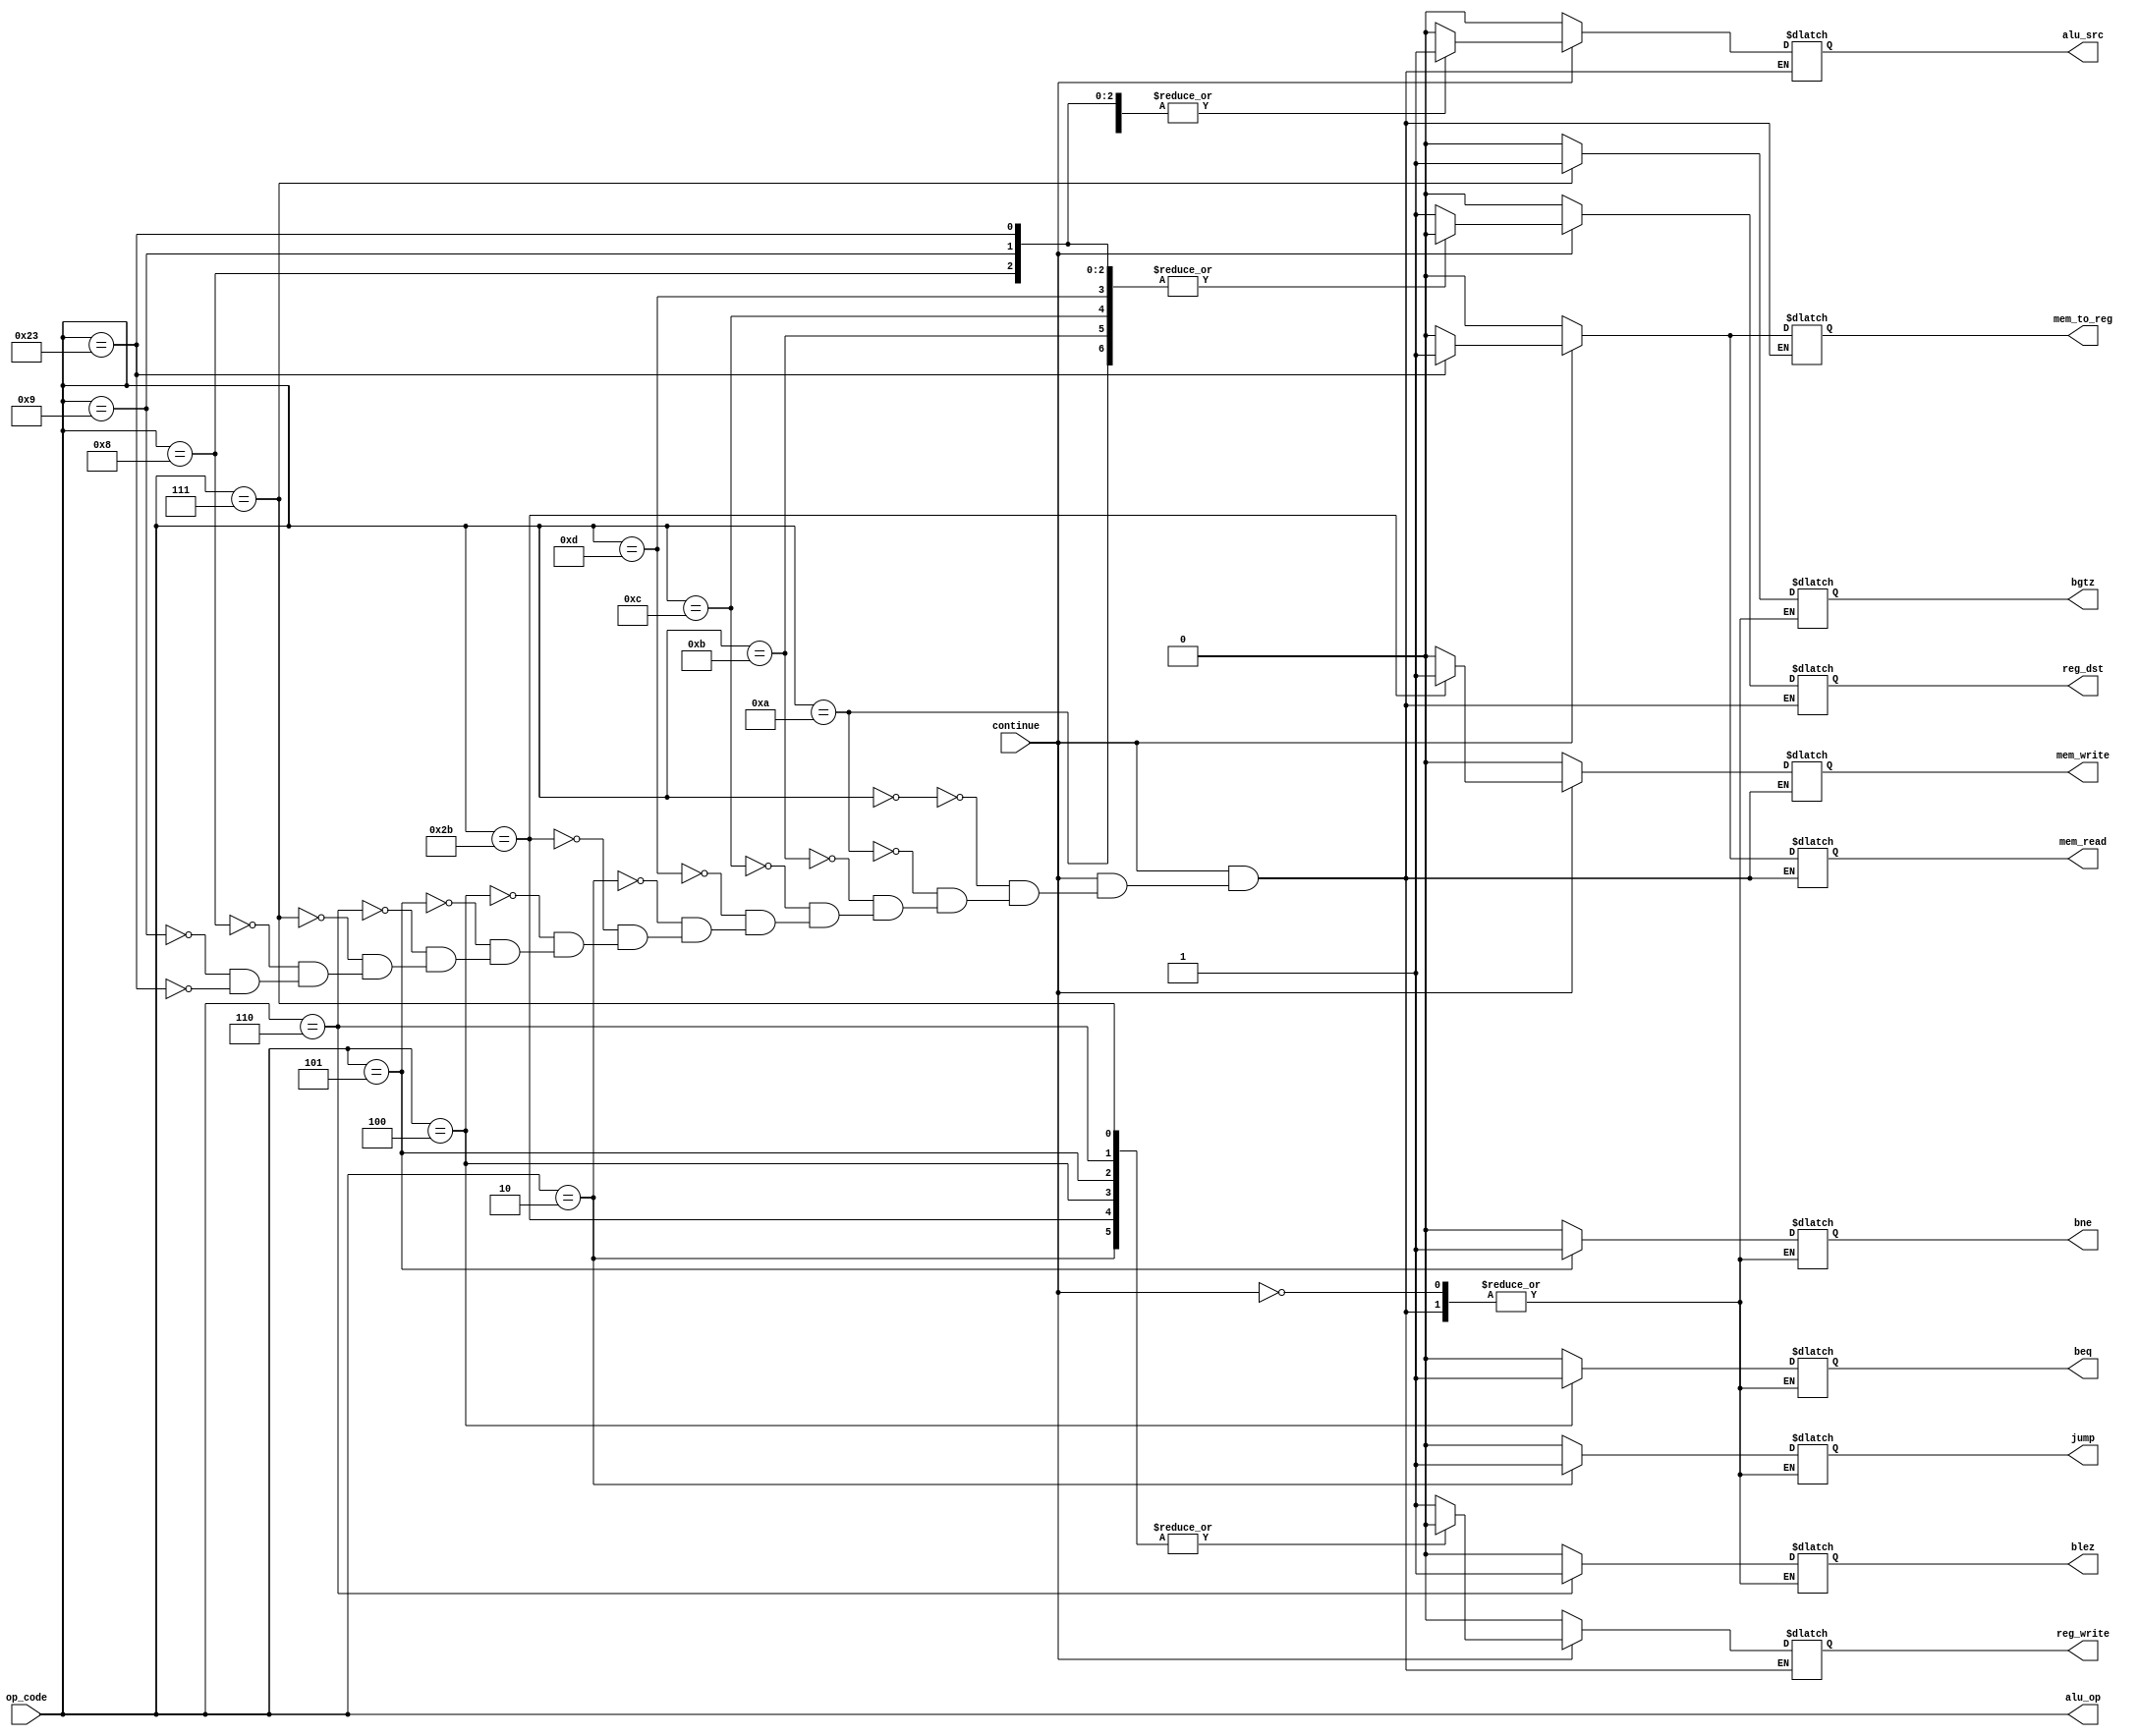
`timescale 1ns / 1ps
//////////////////////////////////////////////////////////////////////////////////
// Company: 
// Engineer: 
// 
// Design Name: 
// Module Name: Control_Unit
// Project Name: 
// Target Devices: 
// Tool Versions: 
// Description: 
// 
// Dependencies: 
// 
// Revision:
// Revision 0.01 - File Created
// Additional Comments:
// 
//////////////////////////////////////////////////////////////////////////////////


module Control_Unit(continue,op_code,reg_dst,jump,beq,bne,blez,bgtz,mem_read,mem_to_reg,alu_op,mem_write,alu_src, reg_write);
input continue;    
input [5:0] op_code;//used to set control signals in processor
output reg[5:0] alu_op; //just pass opcode
//output reg [4:0] shamt; //shift amount is 5 bit from inst[10:6]
output reg reg_dst //destination register changing from R type to I type (rd to rt)
        ,jump  
        ,beq   //branch if z flag and beq
        ,bne   //branch if ~z flag and bne
        ,blez  //branch if less than or equal to zero and blez
        ,bgtz  //branch if greater than zero and bgtz
        ,mem_read //send data from datamem address to output
        ,mem_to_reg //data write in regfile will come from datamem instead of alu
        ,mem_write //write data from alu to datamem
        ,alu_src   //alu will use immediate operrant for I type if asserted
        ,reg_write;//reg file will be written with alu or datamem output


always@(*) begin
    alu_op = op_code;
    
    if(continue == 1'b0)begin 
                reg_dst = 1'b0; 
                mem_read = 1'b0;
                mem_to_reg = 1'b0;
                mem_write = 1'b0;
                alu_src  = 1'b0;
                reg_write= 1'b0;
            end
    else begin
    
        case(op_code)
            6'h00 : //R-type
                begin 
                    reg_dst = 1'b1; //destination register will be rd inst[15:11]
                    jump = 1'b0; //not jump
                    beq  = 1'b0; //no branch
                    bne  = 1'b0; //no branch
                    blez = 1'b0; //no branch
                    bgtz = 1'b0; //no branch
                    mem_read = 1'b0;//alu output will not be used to read datamem 
                    mem_to_reg = 1'b0;//alu data goes to regfile write data
                    mem_write = 1'b0;//data mem will not be written
                    alu_src  = 1'b0;//alu will use rt as second input
                    reg_write= 1'b1;//regfile will be written
                end
            6'h0A: //alu_cntl = 6'h17;// I //SLTI SET LESS THAN IMMEDIATE
                begin 
                    reg_dst = 1'b0; //destination register will be rt inst[20:16]
                    jump = 1'b0; //not jump
                    beq  = 1'b0; //no branch
                    bne  = 1'b0; //no branch
                    blez = 1'b0; //no branch
                    bgtz = 1'b0; //no branch
                    mem_read = 1'b0;//alu output will not be used to read datamem 
                    mem_to_reg = 1'b0;//alu data goes to regfile write data
                    mem_write = 1'b0;//data mem will not be written
                    alu_src  = 1'b1;//alu will use sign extended immediate as second input
                    reg_write= 1'b1;//regfile will be written
                end
            6'h0B: //alu_cntl = 6'h18;// I //SLTIU SET LESS THAN UNSIGNED IMMEDIATE
                begin 
                    reg_dst = 1'b0; //destination register will be rt inst[20:16]
                    jump = 1'b0; //not jump
                    beq  = 1'b0; //no branch
                    bne  = 1'b0; //no branch
                    blez = 1'b0; //no branch
                    bgtz = 1'b0; //no branch
                    mem_read = 1'b0;//alu output will not be used to read datamem 
                    mem_to_reg = 1'b0;//alu data goes to regfile write data
                    mem_write = 1'b0;//data mem will not be written
                    alu_src  = 1'b1;//alu will use sign extended immediate as second input
                    reg_write= 1'b1;//regfile will be written
                end
            6'h0C: //alu_cntl = 6'h19;// I //ANDI BITWISE AND IMMEDIATE
                begin 
                    reg_dst = 1'b0; //destination register will be rt inst[20:16]
                    jump = 1'b0; //not jump
                    beq  = 1'b0; //no branch
                    bne  = 1'b0; //no branch
                    blez = 1'b0; //no branch
                    bgtz = 1'b0; //no branch
                    mem_read = 1'b0;//alu output will not be used to read datamem 
                    mem_to_reg = 1'b0;//alu data goes to regfile write data
                    mem_write = 1'b0;//data mem will not be written
                    alu_src  = 1'b1;//alu will use sign extended immediate as second input
                    reg_write= 1'b1;//regfile will be written
                end
            6'h0D: //alu_cntl = 6'h1A;// I //ORI BITWISE OR IMMEDIATE
                begin 
                    reg_dst = 1'b0; //destination register will be rt inst[20:16]
                    jump = 1'b0; //not jump
                    beq  = 1'b0; //no branch
                    bne  = 1'b0; //no branch
                    blez = 1'b0; //no branch
                    bgtz = 1'b0; //no branch
                    mem_read = 1'b0;//alu output will not be used to read datamem 
                    mem_to_reg = 1'b0;//alu data goes to regfile write data
                    mem_write = 1'b0;//data mem will not be written
                    alu_src  = 1'b1;//alu will use sign extended immediate as second input
                    reg_write= 1'b1;//regfile will be written
                end
            6'h02: //alu_cntl = 6'h1C;// J //J JUMP TO ADDRESS
                begin 
                    reg_dst = 1'bx; //destination irrelevent because reg_write = 1'b0;
                    jump = 1'b1; //jump
                    beq  = 1'b0; //no branch
                    bne  = 1'b0; //no branch
                    blez = 1'b0; //no branch
                    bgtz = 1'b0; //no branch
                    mem_read = 1'b0;//alu output will not be used to read datamem 
                    mem_to_reg = 1'bx;//irrelevent, not data written reg_write = 1'b0;
                    mem_write = 1'b0;//data mem will not be written with rt data
                    alu_src  = 1'bx;//irrelevent to jump 
                    reg_write= 1'b0;//regfile will not be written
                end
            6'h2B: //alu_cntl = 6'h1D;// I //SW STORE WORD
                begin 
                    reg_dst = 1'bx; //destination irrelevent because reg_write = 1'b0;
                    jump = 1'b0; //not jump
                    beq  = 1'b0; //no branch
                    bne  = 1'b0; //no branch
                    blez = 1'b0; //no branch
                    bgtz = 1'b0; //no branch
                    mem_read = 1'b0;//alu output will not be used to read datamem 
                    mem_to_reg = 1'bx;//irrelevent, not data written reg_write = 1'b0;
                    mem_write = 1'b1;//data mem will be written with rt data
                    alu_src  = 1'b1;//alu will use sign extended immediate as second input 
                    reg_write= 1'b0;//regfile will not be written
                end
            6'h04: //alu_cntl = 6'h1F;// I //BEQ BRANCH IF EQUAL
                begin 
                    reg_dst = 1'bx; //destination irrelevent because reg_write = 1'b0;
                    jump = 1'b0; //not jump
                    beq  = 1'b1; //branch if z flag
                    bne  = 1'b0; //no branch
                    blez = 1'b0; //no branch
                    bgtz = 1'b0; //no branch
                    mem_read = 1'b0;//alu output will not be used to read datamem 
                    mem_to_reg = 1'bx;//irrelevent, not data written reg_write = 1'b0;
                    mem_write = 1'b0;//data mem not will be written with rt data
                    alu_src  = 1'b0;//alu will use rt as second input 
                    reg_write= 1'b0;//regfile will not be written
                end
            6'h05: //alu_cntl = 6'h20;// I //BNE BRANCH IF NOT EQUAL
                begin 
                    reg_dst = 1'bx; //destination irrelevent because reg_write = 1'b0;
                    jump = 1'b0; //not jump
                    beq  = 1'b0; //no branch
                    bne  = 1'b1; //branch if ~z flag
                    blez = 1'b0; //no branch
                    bgtz = 1'b0; //no branch
                    mem_read = 1'b0;//alu output will not be used to read datamem 
                    mem_to_reg = 1'bx;//irrelevent, not data written reg_write = 1'b0;
                    mem_write = 1'b0;//data mem not will be written with rt data
                    alu_src  = 1'b0;//alu will use rt as second input
                    reg_write= 1'b0;//regfile will not be written
                end
            6'h06: //alu_cntl = 6'h21;// I //BLEZ BRANCH IF LESS THAN OR EQUAL TO ZERO
                begin 
                    reg_dst = 1'bx; //destination irrelevent because reg_write = 1'b0;
                    jump = 1'b0; //not jump
                    beq  = 1'b0; //no branch
                    bne  = 1'b0; //no branch
                    blez = 1'b1; //branch lsb output is set to 1
                    bgtz = 1'b0; //no branch
                    mem_read = 1'b0;//alu output will not be used to read datamem 
                    mem_to_reg = 1'bx;//irrelevent, not data written reg_write = 1'b0;
                    mem_write = 1'b0;//data mem not will be written with rt data
                    alu_src  = 1'b0;//alu will use rt as second input //irrelevent
                    reg_write= 1'b0;//regfile will not be written
                end
            6'h07:// alu_cntl = 6'h22;// I //BGTZ BRANCH IF GREATER THAN ZERO
                begin 
                    reg_dst = 1'bx; //destination irrelevent because reg_write = 1'b0;
                    jump = 1'b0; //not jump
                    beq  = 1'b0; //no branch
                    bne  = 1'b0; //no branch
                    blez = 1'b0; //no branch
                    bgtz = 1'b1; // branch if lsb of alu output is set to 1
                    mem_read = 1'b0;//alu output will not be used to read datamem 
                    mem_to_reg = 1'bx;//irrelevent, not data written reg_write = 1'b0;
                    mem_write = 1'b0;//data mem not will be written with rt data
                    alu_src  = 1'b0;//alu will use rt as second input //irrelevent
                    reg_write= 1'b0;//regfile will not be written
                end
            6'h08: //alu_cntl = 6'h23;// I //ADDI ADD IMMEDIATE
                begin 
                    reg_dst = 1'b0; //destination register will be rt inst[20:16]
                    jump = 1'b0; //not jump
                    beq  = 1'b0; //no branch
                    bne  = 1'b0; //no branch
                    blez = 1'b0; //no branch
                    bgtz = 1'b0; //no branch
                    mem_read = 1'b0;//alu output will not be used to read datamem 
                    mem_to_reg = 1'b0;//alu data goes to regfile write data
                    mem_write = 1'b0;//data mem will not be written
                    alu_src  = 1'b1;//alu will use sign extended immediate as second input
                    reg_write= 1'b1;//regfile will be written
                end
            6'h09: //alu_cntl = 6'h24;// I //ADDIU ADD UNSIGNED IMMEDIATE
                begin 
                    reg_dst = 1'b0; //destination register will be rt inst[20:16]
                    jump = 1'b0; //not jump
                    beq  = 1'b0; //no branch
                    bne  = 1'b0; //no branch
                    blez = 1'b0; //no branch
                    bgtz = 1'b0; //no branch
                    mem_read = 1'b0;//alu output will not be used to read datamem 
                    mem_to_reg = 1'b0;//alu data goes to regfile write data
                    mem_write = 1'b0;//data mem will not be written
                    alu_src  = 1'b1;//alu will use sign extended immediate as second input
                    reg_write= 1'b1;//regfile will be written
                end
            6'h23: //alu_cntl = 6'h27;// I //LW LOAD WORD
                begin 
                    reg_dst = 1'b0; //destination register will be rt inst[20:16]
                    jump = 1'b0; //not jump
                    beq  = 1'b0; //no branch
                    bne  = 1'b0; //no branch
                    blez = 1'b0; //no branch
                    bgtz = 1'b0; //no branch
                    mem_read = 1'b1;//alu output will be used to read datamem 
                    mem_to_reg = 1'b1;//datamem output will be written into RegFile at reg_dst
                    mem_write = 1'b0;//data mem not will be written with rt data
                    alu_src  = 1'b1;//alu will use sign extended immediate as second input 
                    reg_write= 1'b1;//regfile will be written
                end
         endcase
     end

 end


endmodule